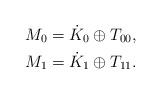
LaTeX: \begin{align*} M_0 = \dot{K}_0 & \oplus T_{00} , \\ M_1 = \dot{K}_1 & \oplus T_{11}. \\ \end{align*}